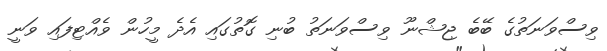
ވިސްވަނަތުގެ ބޭބެ ޖިޝްނޫ ވިސްވަނަތު ބުނި ގޮތުގައި އެދެ މީހުން ވެއްޓިފައި ވަނީ